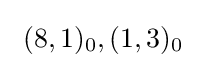
\ (8,1)_{0},(1,3)_{0}\